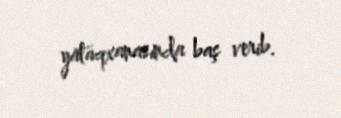
yataqxanasında baş verib.